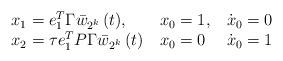
LaTeX: \begin{align*}\begin{tabular}{lll}$x_{1}=e_{1}^{T}\Gamma \bar{w}_{2^{k}}\left( t\right) $, & $x_{0}=1$, & $\dot{x}_{0}=0$ \\ $x_{2}=\tau e_{1}^{T}P\Gamma \bar{w}_{2^{k}}\left( t\right) $ & $x_{0}=0$ & $\dot{x}_{0}=1$\end{tabular}\end{align*}